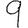
Digit: 9